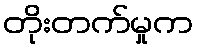
တိုးတက်မှုက